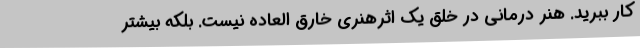
کار ببرید. هنر درمانی در خلق یک اثرهنری خارق العاده نیست. بلکه بیشتر